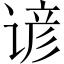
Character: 谚